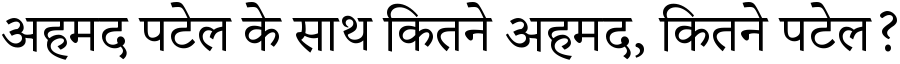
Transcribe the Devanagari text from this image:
अहमद पटेल के साथ कितने अहमद, कितने पटेल?